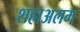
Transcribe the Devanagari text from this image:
शहाअलम